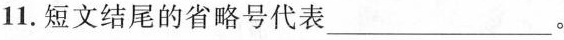
11.短文结尾的省略号代表___。